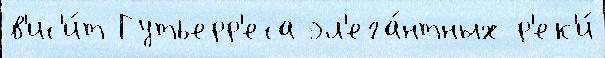
в'ис'и́т Гутьерр'еса эл'ега́нтных р'ек'и́